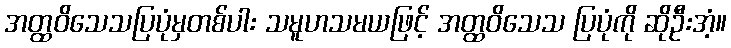
အတ္ထဝိသေသပြပုံမှတစ်ပါး သမူဟသမယဖြင့် အတ္ထဝိသေသ ပြပုံကို ဆိုဦးအံ့။